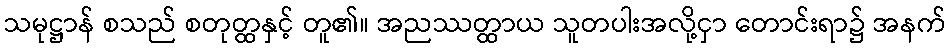
သမုဋ္ဌာန် စသည် စတုတ္ထနှင့် တူ၏။ အညဿတ္ထာယ သူတပါးအလို့ငှာ တောင်းရာ၌ အနက်